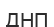
ДНП